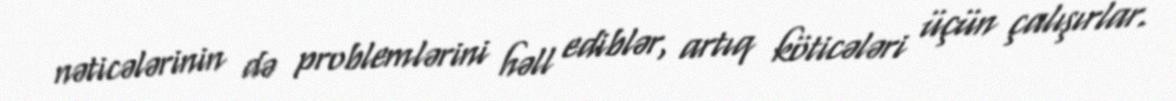
nəticələrinin də problemlərini həll ediblər, artıq köticələri üçün çalışırlar.